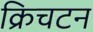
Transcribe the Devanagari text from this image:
क्रिचटन